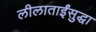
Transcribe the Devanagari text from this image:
लीलाताईंसुद्धा